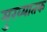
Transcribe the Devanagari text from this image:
मुख्यातक